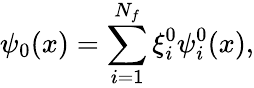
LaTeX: \psi_{0}(x)=\sum_{i=1}^{N_{f}}\xi_{i}^{0}\psi_{i}^{0}(x),